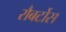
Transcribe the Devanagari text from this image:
रौबर्टोस